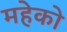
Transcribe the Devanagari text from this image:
महेको